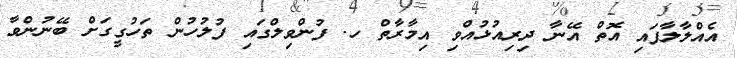
އެއްލާލާފައި އޮތް އޭނާ ދިރިއުޅުއްވި އިމާރާތް ހ. ފުންވިލްގައި ފުލުހުން ތަހުގީގަށް ބޭނުންވާ